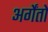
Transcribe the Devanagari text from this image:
अर्गेंतो